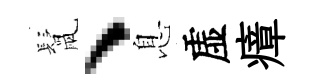
鬛、息虚瘴